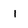
Character: 1